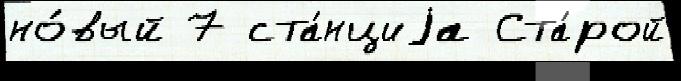
но́вый 7 ста́нциjа Ста́рой